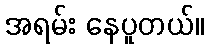
အရမ်း နေပူတယ်။